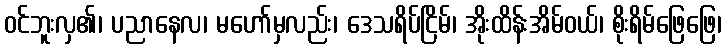
ဝင်ဘူးလှ၏၊ ပညာနေလ၊ မဟော်မှလည်း၊ ဒေသရိပ်ငြိမ်၊ အိုးထိန်းအိမ်ဝယ်၊ စိုးရိမ်ဖြေဖြေ၊